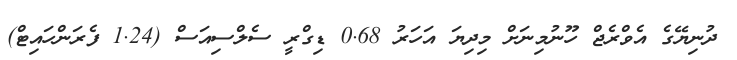
ދުނިޔޭގެ އެވްރެޖް ހޫނުމިނަށް މިދިޔަ އަހަރު 0.68 ޑިގްރީ ސެލްސިއަސް (1.24 ފެރަންހައިޓް)